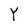
Character: Y